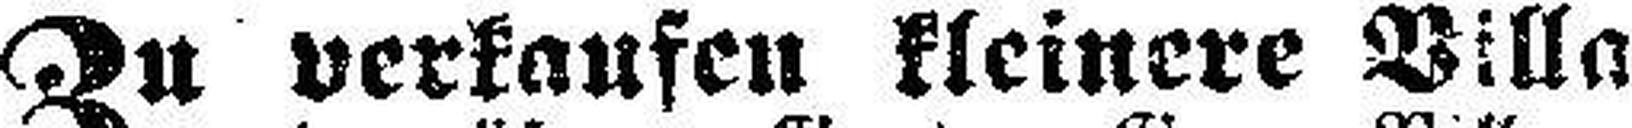
Zu verkaufen kleinere Villa